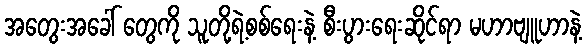
အတွေးအခေါ် တွေကို သူတို့ရဲ့စစ်ရေးနဲ့ စီးပွားရေးဆိုင်ရာ မဟာဗျူဟာနဲ့